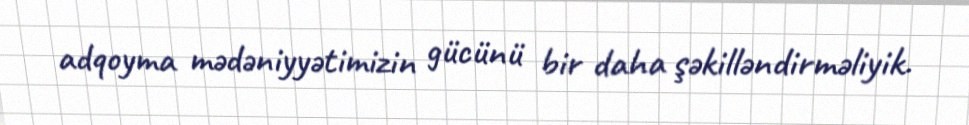
adqoyma mədəniyyətimizin gücünü bir daha şəkilləndirməliyik.